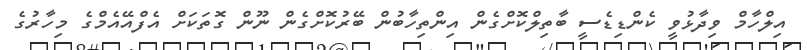
އިލްހާމް ވިދާޅުވީ ކެންޑިޑެސީ ބާތިލްކޮށްގެން އިންތިހާބުން ބޭރުކޮށްގެން ނޫން ގޮތަކަށް އެފްއޭއެމްގެ މިހާރުގެ